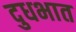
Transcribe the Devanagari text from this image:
दुधभात